Civil Veterinary Department Bengal reports 1933-51 - 1933-1951
Year: 1933
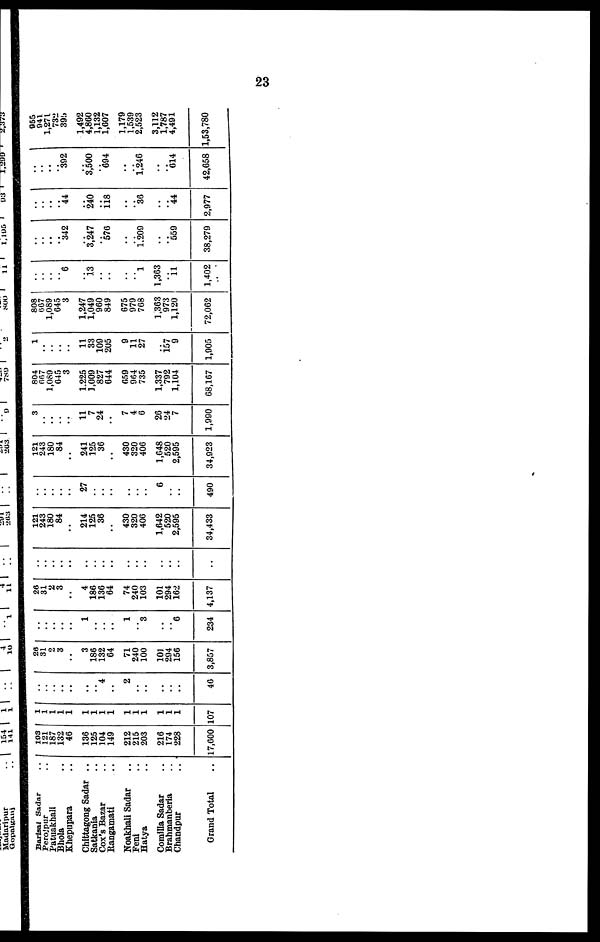
23
Barisal Sodar ..
Perojpur ..
Patuakhall ..
Bhola ..
Khepupara ..
Chittagong Sadar ..
Satkania ..
Cox's Bazar ..
Rangamati ..
Noakhali Sadar ..
Feni ..
Hatya ..
Comilla Sadar ..
Brahmanberia ..
Chandpur ..
Grand Total ..
103
121
187
132
46
136
125
104
149
212
215
203
216
174
228
17,000
1
1
1
1
1 1
1 1
1 1
1
1 1
1
1
107
..
..
.. ..
..
..
.. 4
..
2
..
..
..
..
..
40
26
31
2
3
..
3
186
132
64
71
240
100
101
204
156
3,857
..
..
.. ..
..
1
..
..
..
1
..
3
..
..
6
234
26
31
2
3
..
4
186
136
64
74
240
103
101
294
162
4,137
..
..
.. ..
..
..
..
..
..
..
..
..
..
..
..
..
121
243
180
84
..
214
125
36
430
320
406
1,642
520
2,595
34,433
..
..
.. ..
..
27
..
..
..
..
..
6
..
..
490
121
243
180
84
..
241
125
36
430
320
406
1,648
620
2,595
34,923
3
..
..
..
..
11
7
24
..
7
4
6
20
24
7
1,990
804
667
1,089
65
3
1.225
1,009
827
044
69
964
735
1,337
702
1,104
68,107
1
..
..
..
..
11
33
109
205
9
11
27
..
157
9
1,905
808
667
1,089
65
3
1,247
1,049
960
849
675
979
708
1,303
973
1,120
72,002
..
..
.. ..
6
..
13
..
..
..
..
1
1,363
..
11
1,402
..
..
.. ..
342
..
3,247
..
576
..
..
1.209
..
..
559
38,279
..
..
.. ..
44
..
240
..
118
..
..
36
..
..
44
2,977
..
..
.. ..
392
..
3,500
..
694
..
..
l,240
..
..
614
42,058
955
941
1,271
732
395
1,492
4,860
1,132
1,607
1,179
1 539
2,523
3,112
1 787
4,491
1,53,780